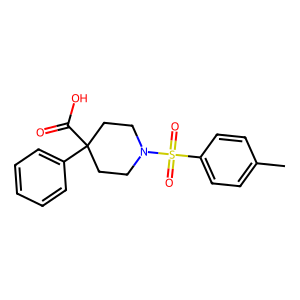
SMILES: Cc1ccc(S(=O)(=O)N2CCC(C(=O)O)(c3ccccc3)CC2)cc1
Inhibits HIV replication: No